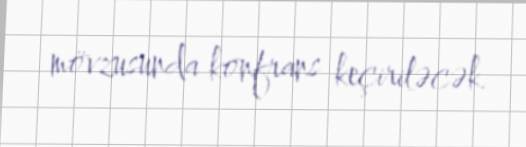
mövzusunda konfrans keçiriləcək.